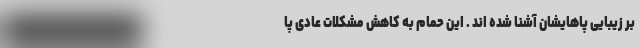
بر زیبایی پاهایشان آشنا شده اند . این حمام به کاهش مشکلات عادی پا